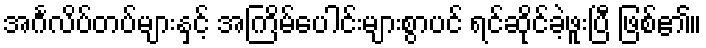
အင်္ဂလိပ်တပ်များနှင့် အကြိမ်ပေါင်းများစွာပင် ရင်ဆိုင်ခဲ့ဖူးပြီ ဖြစ်၏။